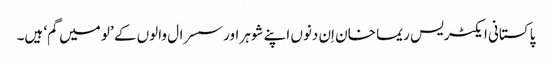
پاکستانی ایکٹریس ریما خان اِن دنوں اپنے شوہر اور سسرال والوں کے ’لو میں گم‘ ہیں۔